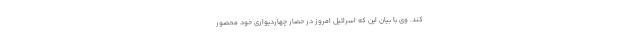
کند. وی با بیان این که اسرائیل امروز در حصار چهاردیواری خود محصور